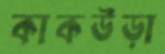
কাকউড়া